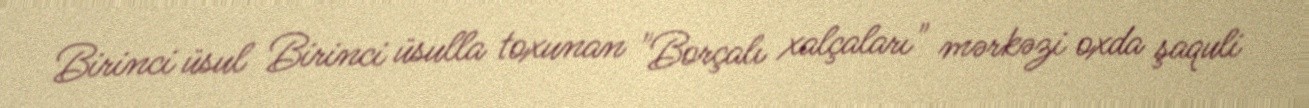
Birinci üsul Birinci üsulla toxunan "Borçalı xalçaları" mərkəzi oxda şaquli